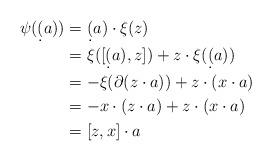
LaTeX: \begin{align*}\psi(\d (a))&=\d(a) \cdot \xi(z)\\&=\xi([\d(a),z])+z\cdot \xi(\d(a))\\&=-\xi(\partial(z\cdot a))+z\cdot (x\cdot a)\\& =-x\cdot (z\cdot a)+z\cdot (x\cdot a)\\&=[z,x]\cdot a\end{align*}